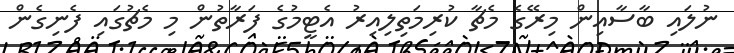
ނުލައި ބާސާއިން މިރޭގެ މެޗާ ކުރިމަތިލިއިރު އެޓީމުގެ ފަރާތުން މި މެޗުގައި ފެނިގެން